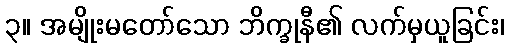
၃။ အမျိုးမတော်သော ဘိက္ခုနီ၏ လက်မှယူခြင်း၊